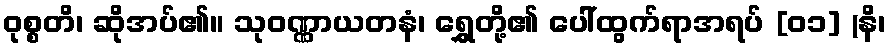
ဝုစ္စတိ၊ ဆိုအပ်၏။ သုဝဏ္ဏာယတနံ၊ ရွှေတို့၏ ပေါ်ထွက်ရာအရပ် [၀၁] (နိ၊